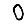
Digit: 0